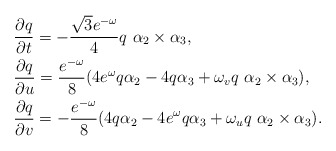
\begin{align*}&\frac{\partial q}{\partial t}=-\frac{\sqrt{3}e^{-\omega}}{4}q \ \alpha_2\times\alpha_3,\\&\frac{\partial q}{\partial u}=\frac{e^{-\omega}}{8}(4e^{\omega}q \alpha_2-4 q \alpha_3+\omega_v q\ \alpha_2\times\alpha_3),\\&\frac{\partial q}{\partial v}=-\frac{e^{-\omega}}{8}(4 q \alpha_2-4e^{\omega}q \alpha_3+\omega_u q\ \alpha_2\times\alpha_3).\end{align*}